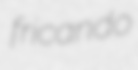
fricando